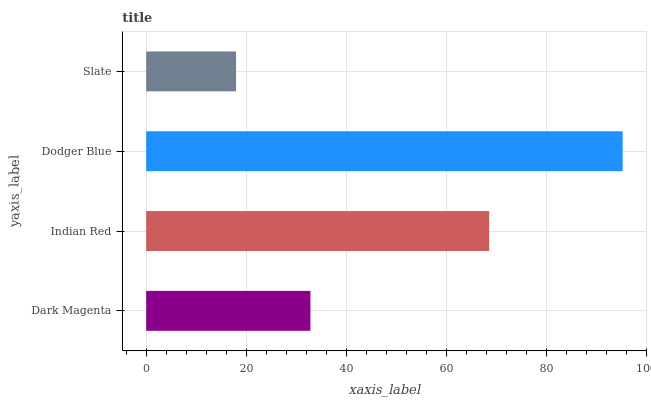
| yaxis_label | bars |
 | --- | --- |
 | Dark Magenta | 32.8 |
 | Indian Red | 68.6 |
 | Dodger Blue | 95.3 |
 | Slate | 18 |